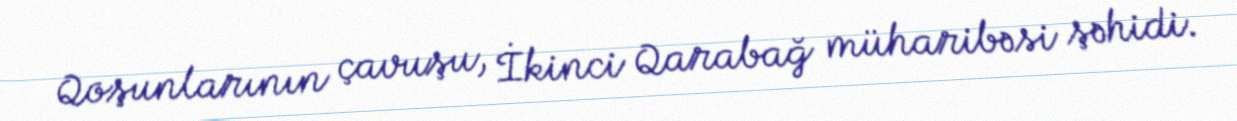
Qoşunlarının çavuşu, İkinci Qarabağ müharibəsi şəhidi.